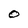
Character: O